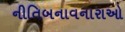
નીતિબનાવનારાઓ